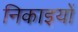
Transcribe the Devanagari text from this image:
निकाइयों